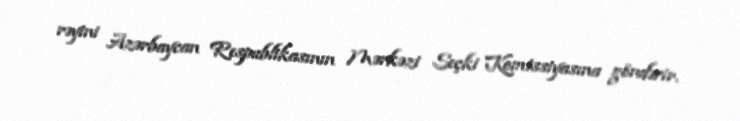
rəyini Azərbaycan Respublikasının Mərkəzi Seçki Komissiyasına göndərir.